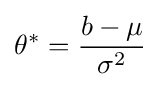
\theta ^{*}={\frac {b-\mu }{\sigma ^{2}}}